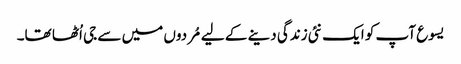
یسوع آپ کو ایک نئی زندگی دینے کے لیے مُردوں میں سے جی اُٹھا تھا۔